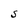
Character: S